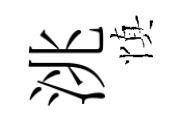
洮慎